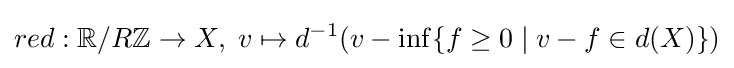
red:\mathbb {R} /R\mathbb {Z} \to X,\;v\mapsto d^{-1}(v-\inf\{f\geq 0\mid v-f\in d(X)\})